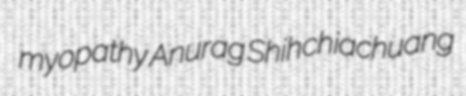
myopathy Anurag Shihchiachuang